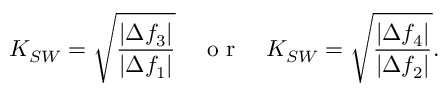
K _ { S W } = \sqrt { \frac { \left| \Delta f _ { 3 } \right| } { \left| \Delta f _ { 1 } \right| } } \quad \mathrm { ~ o ~ r ~ } \quad K _ { S W } = \sqrt { \frac { \left| \Delta f _ { 4 } \right| } { \left| \Delta f _ { 2 } \right| } } .